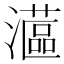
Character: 𤁮